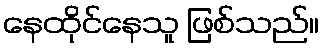
နေထိုင်နေသူ ဖြစ်သည်။